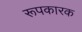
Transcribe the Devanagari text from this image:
रूपकारक